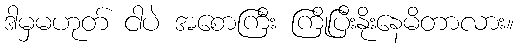
ဒါမှမဟုတ် ငါပဲ အစောကြီး ကြိုပြီးနိုးနေမိတာလား။